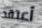
أعتقد